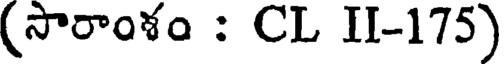
(సారాంశం : CL II-175)